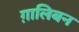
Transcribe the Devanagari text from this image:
ग़ालिबन